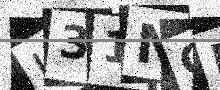
Text: U31NCP